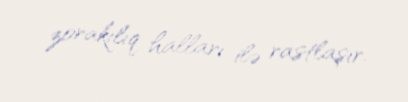
zorakılıq halları ilə rastlaşır.